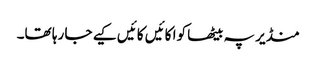
منڈیر پہ بیٹھا کوا کائیں کائیں کیے جا رہا تھا۔